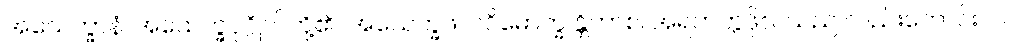
အသေက္ခာနံ၊ အသေက္ခပုဂ္ဂိုလ်တို့၏။ အသေက္ခဖလဝိမောက္ခ န္တိကာစ၊ အရဟတ္တဖိုလ်သည် လည်းကောင်း။ ဝါ၊